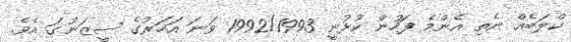
ކްލަބެއް ނެތި އެންމެ ފަހުން ކުޅުނީ 1992/1993 ވަނަ އަހަރުގެ ސީޒަނުގަ އެވެ.